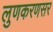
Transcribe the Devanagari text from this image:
लुणकरणसर